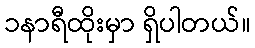
၁နာရီထိုးမှာ ရှိပါတယ်။